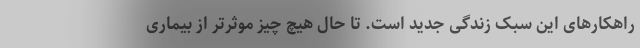
راهکارهای این سبک زندگی جدید است. تا حال هیچ چیز موثرتر از بیماری